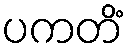
ပကတိံ